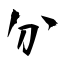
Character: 分